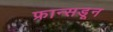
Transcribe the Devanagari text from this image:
फ्रान्सडून